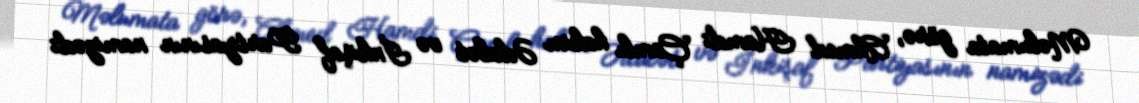
Məlumata görə, Ahmed Hamdi Çamlı hakim Ədalət və İnkişaf Partiyasının namizədi